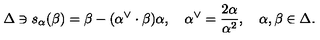
\Delta \ni s _ { \alpha } ( \beta ) = \beta - ( \alpha ^ { \vee } \cdot \beta ) \alpha , \quad \alpha ^ { \vee } = { \frac { 2 \alpha } { \alpha ^ { 2 } } } , \quad \alpha , \beta \in \Delta .